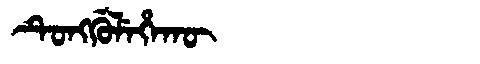
Manchu: ᡨᡠᠩᡤᡠᠯᡝᡥᠠᡴᡡ
Romanization: TUNGGULEHAKŪ